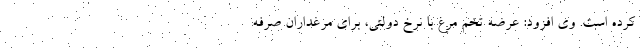
کرده است. وی افزود: عرضه تخم مرغ با نرخ دولتی، برای مرغداران صرفه